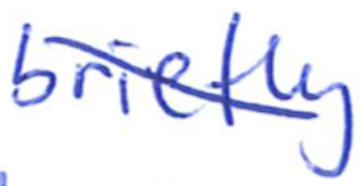
Text: briefly
Cross-out: mix
Writing tool: ballpoint